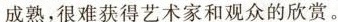
成熟,很难获得艺术家和观众的欣赏。